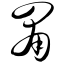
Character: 罱